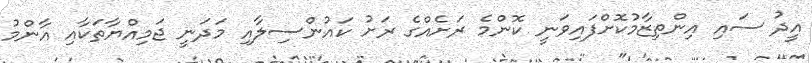
އީދު ސައި އިންތިޒާމުކޮށްފައިވަނީ ކޮންމެ ރަށެއްގެ ރަށު ކައުންސިލާއި މަދަނީ ޖަމިއްޔާތަކާއި އާންމު